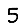
Digit: 5